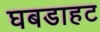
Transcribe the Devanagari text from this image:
घबडाहट